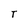
Character: T